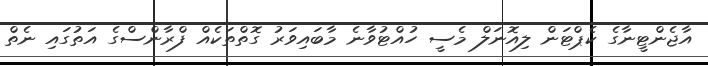
އާޖެންޓީނާގެ ކެޕްޓަން ލިއޮނަލް މެސީ ހުއްޓުވާނެ މާބައިވަރު ގޮތްތަކެއް ފްރާންސްގެ އަތުގައި ނެތް